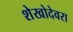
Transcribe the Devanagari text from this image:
शेखोदेवरा